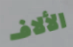
الألاف